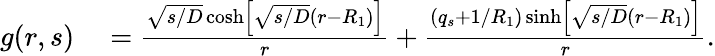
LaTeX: \begin{array}{rl}{g(r,s)}&{{}=\frac{\sqrt{s/D}\cosh\left[\sqrt{s/D}(r-R_{1})\right]}{r}+\frac{(q_{s}+1/R_{1})\sinh\left[\sqrt{s/D}(r-R_{1})\right]}{r}.}\end{array}